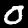
Digit: 0